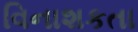
વિનાશકતા